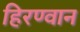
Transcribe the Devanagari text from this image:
हिरण्वान